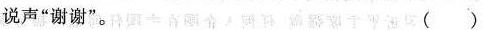
说声“谢谢”。( )